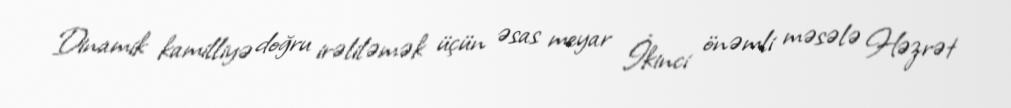
Dinamik kamilliyə doğru irəliləmək üçün əsas meyar İkinci önəmli məsələ Həzrət